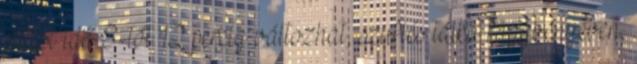
sütési idő 8-tól 12 percig változhat, szuflés tálka függvényében,